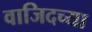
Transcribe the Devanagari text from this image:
वाजिदच्या